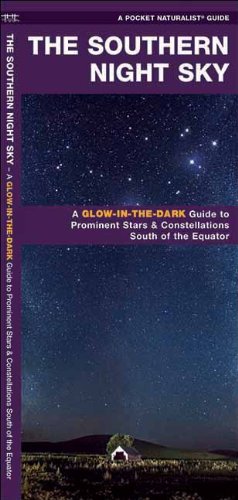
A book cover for The Southern Night Sky: A Glow-in-the-Dark Guide to Prominent Stars & Constellations South of the Equator (Pocket Naturalist Guide Series); James Kavanagh; Science & Math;